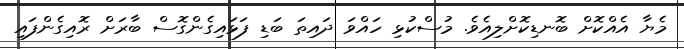
މެޔާ އެއްކޮށް ބޮނޑިކޮށްލިއެވެ. މުސްކުޅި ހައްވަ ދައިތަ ބަޑި ފަޅައިގެންގޮސް ބާރަށް ރޮއިގެންފައި